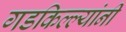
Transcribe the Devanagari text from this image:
गडकिल्ल्यांनी